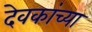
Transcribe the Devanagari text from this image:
देवकांच्या